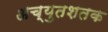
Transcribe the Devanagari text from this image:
अच्युतशतक